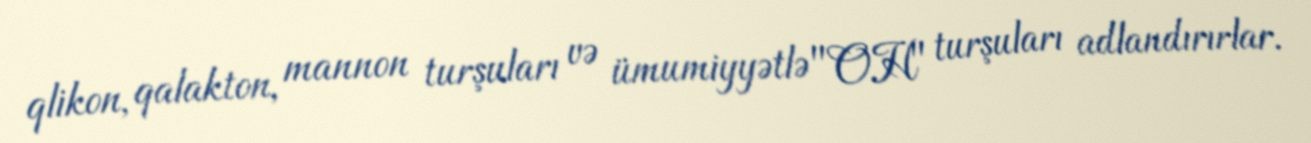
qlikon, qalakton, mannon turşuları və ümumiyyətlə "OH" turşuları adlandırırlar.